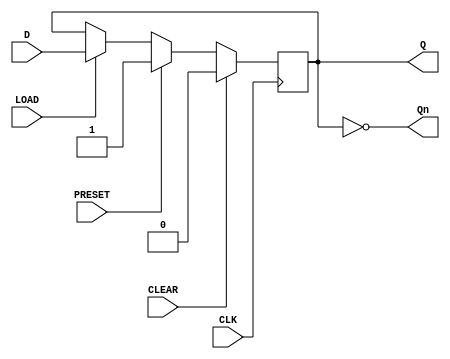
module synchronous_load_d_flip_flop (
    input wire D,
    input wire CLK,
    input wire LOAD,
    input wire CLEAR,
    input wire PRESET,
    output reg Q,
    output reg Qn
);

reg internal_state;

always @(posedge CLK) begin
    if (CLEAR)
        internal_state <= 1'b0;
    else if (PRESET)
        internal_state <= 1'b1;
    else if (LOAD)
        internal_state <= D;
end

assign Q = internal_state;
assign Qn = ~internal_state;

endmodule